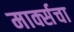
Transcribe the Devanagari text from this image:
मार्क्सचा